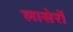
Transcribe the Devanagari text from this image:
लासेरों